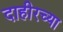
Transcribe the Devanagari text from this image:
दाहीरच्या